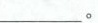
___。